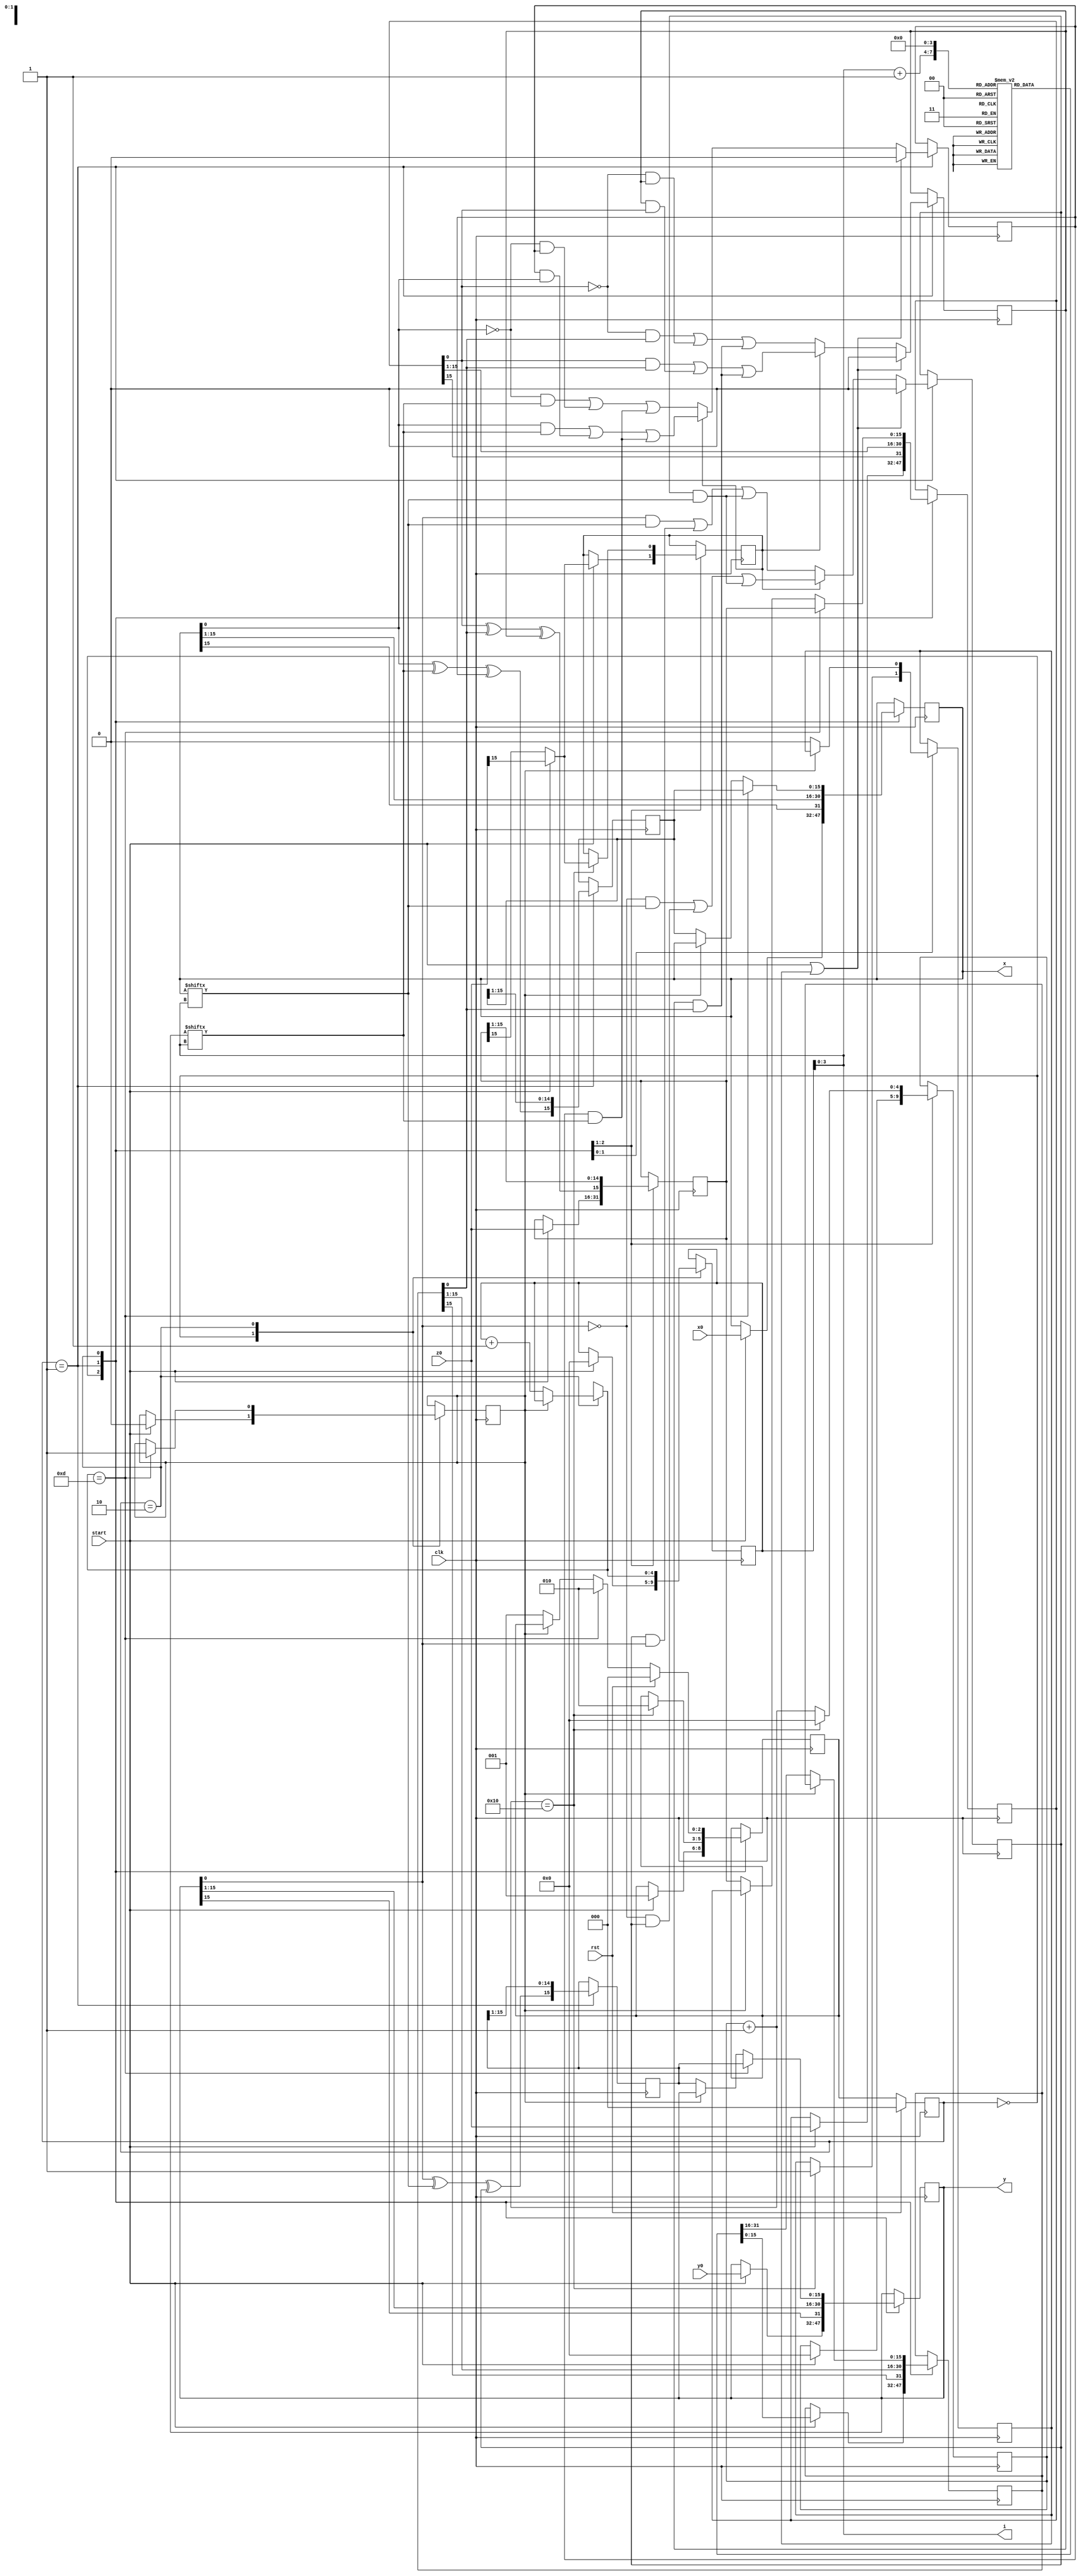
module cordic(output [3:0] i,
output reg signed [15:0] x,
output reg signed [15:0] y,
input signed [15:0] x0,y0,z0,
input start,
input clk,
input rst
);
   reg signed [15:0] z, x_temp, y_temp, z_temp, rom_temp;
   reg signed [15:0] ROM [0:15];
   
   wire signtoctrl,rst_bit;
   wire xi, yi;
   reg xas, yas, zas;
   reg x_cin = 0;
   reg y_cin = 0;
   reg z_cin = 0;
   reg x_cout, y_cout, z_cout;
   reg finish,addsub,load_next;
   
   reg[4:0] n,iteration;
   reg[2:0] state;
   reg[2:0] nextstate;
   
   
   
  // wire sign;
   initial begin
	  ROM[0] <= 16'b0011001001000100;
      ROM[1] <= 16'b0001110110101100;
      ROM[2] <= 16'b0000111110101110;
      ROM[3] <= 16'b0000011111110101;
      ROM[4] <= 16'b0000001111111111;
      ROM[5] <= 16'b0000001000000000;
      ROM[6] <= 16'b0000000100000000;
      ROM[7] <= 16'b0000000010000000;
      ROM[8] <= 16'b0000000001000000;
      ROM[9] <= 16'b0000000000100000;
      ROM[10] <= 16'b0000000000010000;
      ROM[11] <= 16'b0000000000001000;
      ROM[12] <= 16'b0000000000000100;
      ROM[13] <= 16'b0000000000000010;
      ROM[14] <= 16'b0000000000000001;
      ROM[15] <= 16'b0000000000000000; 
	  
	  state = 0;
      nextstate = 0;
	  
      x_temp = 0;
      y_temp = 0;
	  addsub = 0;
   end
   assign i = iteration[3:0];
   assign xi = x[i];
   assign yi = y[i];
   assign rt0 = rom_temp[0];
   assign signtoctrl = start? z0[15] : z_temp[15]; 
   assign rst_bit = start|load_next;
   

  always @(posedge clk) begin
  case(state)
  0: begin
    if (start) begin 
        iteration = 0;
        x <= x0;
        y <= y0;
        z <= z0;
       z_temp <= z0;
       rom_temp <= ROM[0];
	   n = 0;
       
       finish = 0;
       addsub = signtoctrl;
       nextstate = 1;
      end
  end
  1: begin
   
    xas = x[0]^yi^x_cin;
    x_cout = addsub ? (x[0]&yi)|(x_cin&x[0])|(x_cin&yi) : ((~x[0])&yi)|((~x[0])&x_cin)|(yi&x_cin);
    yas = y[0]^xi^y_cin;
    y_cout = (~addsub) ? (y[0]&xi)|(y_cin&y[0])|(y_cin&xi) : ((~y[0])&xi)|((~y[0])&y_cin)|(xi&y_cin);
    zas = z[0]^rt0^z_cin;
    z_cout = addsub ? (z[0]&rt0)|(z_cin&z[0])|(z_cin&rt0) : ((~z[0])&rt0)|((~z[0])&z_cin)|(rt0&z_cin);
    n = n + 1;
	
    x <= x >>> 1;
    x_temp <= {xas, x_temp[15:1]};
    y <= y >>> 1;
    y_temp <= {yas, y_temp[15:1]};
    z <= z >>> 1;
    z_temp <= {zas, z_temp[15:1]};
    rom_temp <= rom_temp >>> 1;
    
    if (rst_bit) begin
        x_cin <= 0;
        y_cin <= 0;
        z_cin <= 0;
    end
    else begin
		x_cin <= x_cout;
		y_cin <= y_cout;
		z_cin <= z_cout;
    end     
         
    if (n == 16) begin
        n = 0;
        load_next = 1;
        addsub = signtoctrl;
        nextstate = 2;
    end
  end
  2: begin
  if (~finish)begin
       x <= x_temp;
       y <= y_temp;
       z <= z_temp;
       rom_temp <= ROM[i+1];
	   load_next = 0;
       iteration = iteration + 1;
	   nextstate = 1;
  end

   if (iteration == 13) begin
        x <= x_temp;
        y <= y_temp;
        z <= z_temp;
        finish = 1;
		nextstate = 2;
    end
    if (rst)
        nextstate <= 0;
  end
  /*default:
  begin
    nextstate = 0;
  end*/
  endcase
  
  end

  always @(posedge clk)
  begin
      if (rst)begin
          state <= 0;
      end else
          state <= nextstate;
  end

endmodule